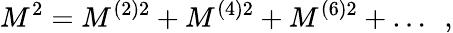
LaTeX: M^{2}=M^{(2)2}+M^{(4)2}+M^{(6)2}+\dots\ \ ,